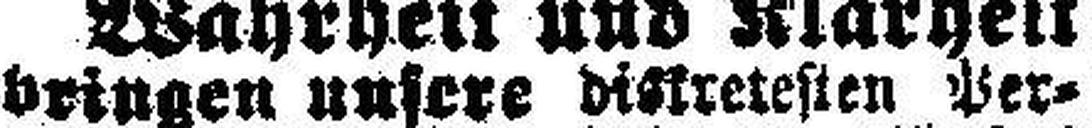
bringen unsere diskretesten Per¬